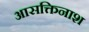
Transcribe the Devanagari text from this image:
आसक्तिनाश